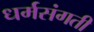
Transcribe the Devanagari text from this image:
धर्मसंगती